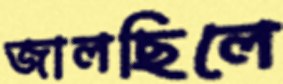
জালছিলে